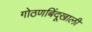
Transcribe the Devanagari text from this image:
गोठणबिंदूखाली